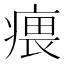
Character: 㾯